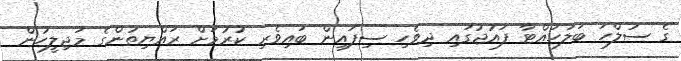
ގެ ސުލްހަ ބަލަހައްޓާ ފައުޖުގައި ދިވެހި ސިފައިން ބައިވެރި ކުރުމަށް ރައްޔިތުންގެ މަޖިލީހުން